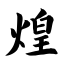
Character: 煌